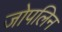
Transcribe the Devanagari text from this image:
जोपलिन